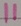
Text: 11